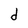
Character: d